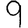
Digit: 9